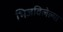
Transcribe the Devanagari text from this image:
भिजविलेल्या